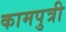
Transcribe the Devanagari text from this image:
कामपुत्री